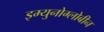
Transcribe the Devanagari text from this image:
इम्युनोग्लोबीन